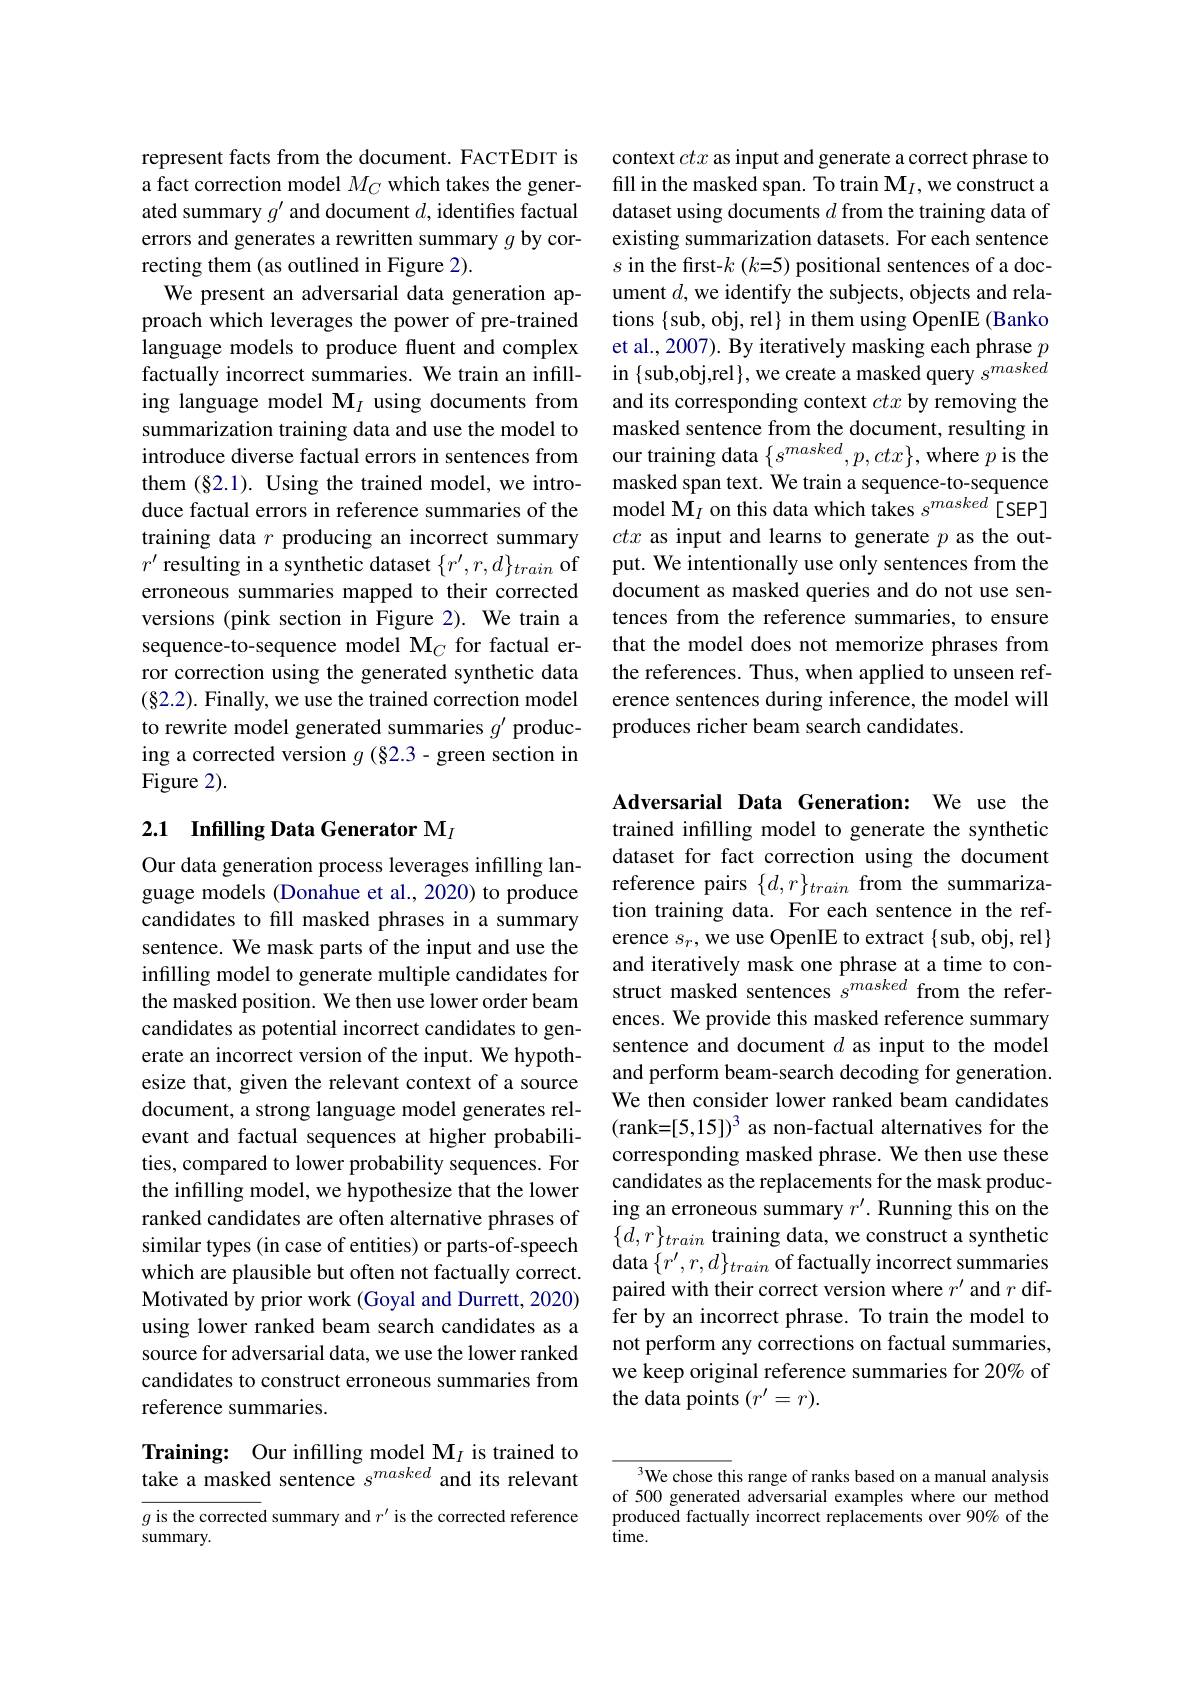
represent facts from the document. FACTEDIT is a fact correction model $M_C$ which takes the generated summary $g^\prime$ and document $d$, identifies factual errors and generates a rewritten summary $g$ by correcting them (as outlined in Figure 2).
We present an adversarial data generation approach which leverages the power of pre-trained language models to produce fluent and complex factually incorrect summaries. We train an infilling language model $\mathcal{M}_I$ using documents from summarization training data and use the model to introduce diverse factual errors in sentences from them (§2.1). Using the trained model, we introduce factual errors in reference summaries of the training data $r$ producing an incorrect summary $r^{\prime}$ resulting in a synthetic dataset $\{r^\prime,r,d\}_{train}$ of erroneous summaries mapped to their corrected versions (pink section in Figure 2). We train a sequence-to-sequence model M$_C$ for factual error correction using the generated synthetic data (82.2). Finally, we use the trained correction model to rewrite model generated summaries $g^\prime$ producing a corrected version $g$ (§2.3- green section in Figure 2).

## 2.1 Infilling Data Generator M$_I$

Our data generation process leverages infilling language models (Donahue et al., 2020) to produce candidates to fill masked phrases in a summary sentence. We mask parts of the input and use the infilling model to generate multiple candidates for the masked position. We then use lower order beam candidates as potential incorrect candidates to generate an incorrect version of the input. We hypothesize that, given the relevant context of a source document, a strong language model generates relevant and factual sequences at higher probabilities, compared to lower probability sequences. For the infilling model, we hypothesize that the lower ranked candidates are often alternative phrases of similar types (in case of entities) or parts-of-speech which are plausible but often not factually correct. Motivated by prior work (Goyal and Durrett, 2020) using lower ranked beam search candidates as a source for adversarial data, we use the lower ranked candidates to construct erroneous summaries from reference summaries.

# Training: Our infilling model $\mathcal{M}_I$ is trained to take a masked sentence $s^{masked}$ and its relevant

$g$ is the corrected summary and $r^\prime$ is the corrected reference
${\mathrm{summary.}}$

context ctx as input and generate a correct phrase to fill in the masked span. To train $\mathbf{M}_I$,we construct a dataset using documents $d$ from the training data of existing summarization datasets. For each sentence $s$ in the first-$k$ (k=5) positional sentences of a document $d$, we identify the subjects, objects and relations $\{$sub, obj, rel}in them using OpenIE (Banko et al., 2007). By iteratively masking each phrase $p$ in $\{$sub,obj,rel$\}$,we create a masked query $s^{masked}$ and its corresponding context ctx by removing the masked sentence from the document, resulting in our training data $\{s^masked,p,ctx\}$, where $p$ is the masked span text. We train a sequence-to-sequence model $\dot{\mathbf{M}}_I$ on this data which takes $s^masked[$SEP] ctx as input and learns to generate $p$ as the output. We intentionally use only sentences from the document as masked queries and do not use sentences from the reference summaries, to ensure that the model does not memorize phrases from the references. Thus, when applied to unseen reference sentences during inference, the model will produces richer beam search candidates.

Adversarial Data Generation: We use the trained infilling model to generate the synthetic dataset for fact correction using the document reference pairs $\{d,r\}_{train}$ from the summarization training data. For each sentence in the reference $s_r$, we use OpenIE to extract {sub, obj, rel} and iteratively mask one phrase at a time to construct masked sentences $s^{masked}$ from the references. We provide this masked reference summary sentence and document $d$ as input to the model and perform beam-search decoding for generation. We then consider lower ranked beam candidates (rank= [ 5, 15] $) ^3$ as non-factual alternatives for the corresponding masked phrase. We then use these candidates as the replacements for the mask producing an erroneous summary $r^\prime.$ Running this on the $\{d,r\}_{train}$ training data, we construct a synthetic data $\{r^{\prime},r,d\}_{train}$ of factually incorrect summaries paired with their correct version where $r^{\prime}$ and $r$ differ by an incorrect phrase. To train the model to not perform any corrections on factual summaries, we keep original reference summaries for 20% of the data points $(r^\prime=r).$

3We chose this range of ranks based on a manual analysis of 500 generated adversarial examples where our method produced factually incorrect replacements over 90% of the time.